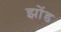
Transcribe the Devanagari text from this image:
झोंड